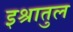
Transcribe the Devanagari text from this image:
इश्रातुल